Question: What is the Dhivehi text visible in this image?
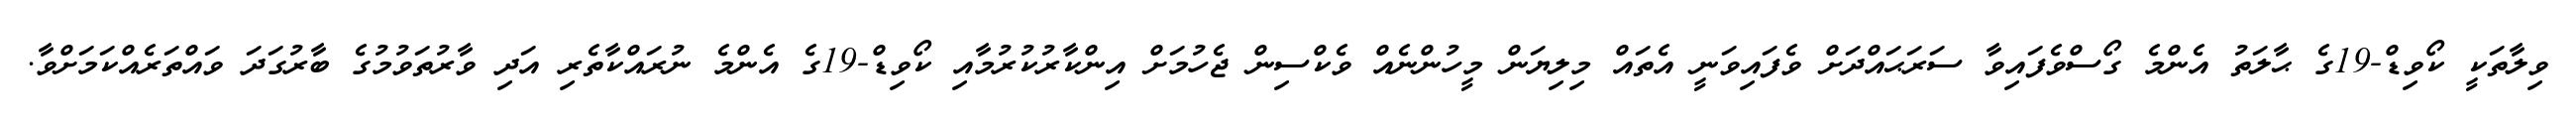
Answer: ވިލާތަކީ ކޯވިޑް-19ގެ ޙާލަތު އެންމެ ގޯސްވެފައިވާ ސަރަޙައްދަށް ވެފައިވަނީ އެތައް މިލިޔަން މީހުންނެއް ވެކްސިން ޖެހުމަށް އިންކާރުކުރުމާއި ކޯވިޑް-19ގެ އެންމެ ނުރައްކާތެރި އަދި ވާރުތަވުމުގެ ބާރުގަދަ ވައްތަރެއްކަމަށްވާ.